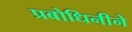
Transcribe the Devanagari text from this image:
प्रबोधिनीने